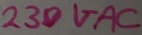
Text: 230VAC